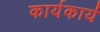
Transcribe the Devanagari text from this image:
कार्यकार्य